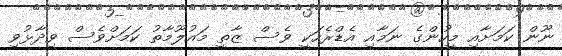
ނޫން ކަމަށާއި މީހުންގެ ނަމާއި އެޑްރެހަކީ ވެސް ޒާތީ މައުލޫމާތު ކަމަށްވެސް ވިދާޅުވި